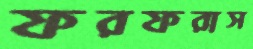
ফরফরাস